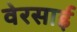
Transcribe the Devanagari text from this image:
वेरसाई